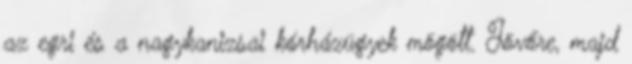
az egri és a nagykanizsai kórházügyek mögött. Jövőre, majd